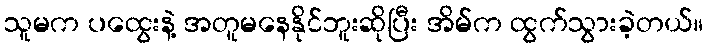
သူမက ပထွေးနဲ့ အတူမနေနိုင်ဘူးဆိုပြီး အိမ်က ထွက်သွားခဲ့တယ်။